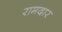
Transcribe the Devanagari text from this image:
रामदार